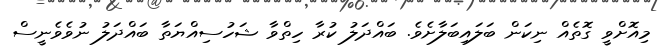
މިއޮށްވީ ގޮތެއް ނިކަން ބަލައިބަލާށެވެ. ބައްދަލު ކުރާ ހިތްވާ ޝަހުސިއްޔަތާ ބައްދަލު ނުވެވެނީސް